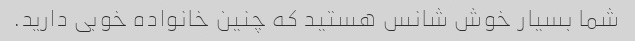
شما بسیار خوش شانس هستید که چنین خانواده خوبی دارید.